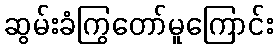
ဆွမ်းခံကြွတော်မူကြောင်း